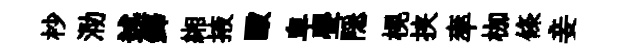
杪泐述鐸緗掖毆卑亹隠榥挟率枷條妾